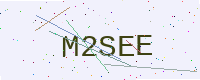
Text: M2SEE